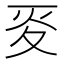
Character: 𡕢